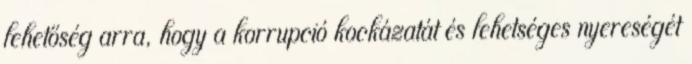
lehetőség arra, hogy a korrupció kockázatát és lehetséges nyereségét